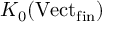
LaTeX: K _ { 0 } ( \mathrm { V e c t } _ { \mathrm { f i n } } )